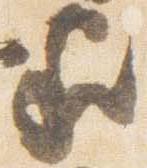
家